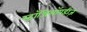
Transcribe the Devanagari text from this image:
स्ट्रॉञ्जिलॉयडीज़